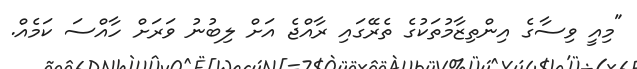
"މިއީ ވިސާގެ އިންތިޒާމުތަކުގެ ތެރޭގައި ރާއްޖެ އަށް ލިބުނު ވަރަށް ހާއްސަ ކަމެއް.